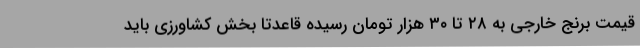
قیمت برنج خارجی به ۲۸ تا ۳۰ هزار تومان رسیده قاعدتا بخش کشاورزی باید